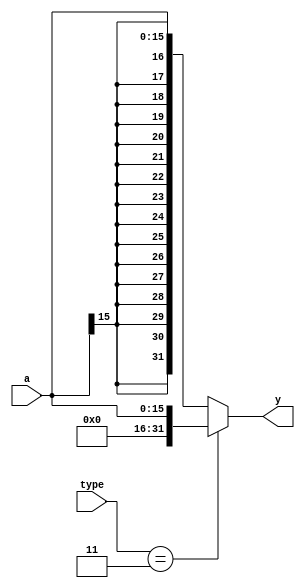
`timescale 1ns / 1ps


module signext(
	input wire[15:0] a,
	input wire[1:0] type,
	output wire[31:0] y
    );

	assign y = (type == 2'b11)?{{16{1'b0}},a} : {{16{a[15]}},a};
endmodule